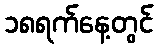
၁၈ရက်နေ့တွင်